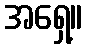
အရှေ့။